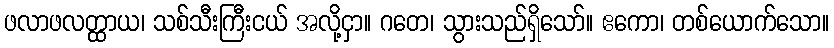
ဖလာဖလတ္ထာယ၊ သစ်သီးကြီးငယ် အလို့ငှာ။ ဂတေ၊ သွားသည်ရှိသော်။ ဧကော၊ တစ်ယောက်သော။